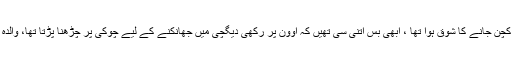
ہماری ايك ننھی منى عزيزہ كو نيا نيا كچن جانے كا شوق ہوا تھا ، ابھی بس اتنى سى تھیں كہ اوون پر رکھی ديگچی ميں جھانكنے کے ليے چوکی پر چڑھنا پڑتا تھا، والدہ سے ہدايات لے کر انڈے ابالنے لگیں ۔